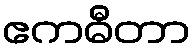
ဧကဓီတာ